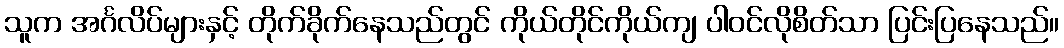
သူက အင်္ဂလိပ်များနှင့် တိုက်ခိုက်နေသည်တွင် ကိုယ်တိုင်ကိုယ်ကျ ပါဝင်လိုစိတ်သာ ပြင်းပြနေသည်။